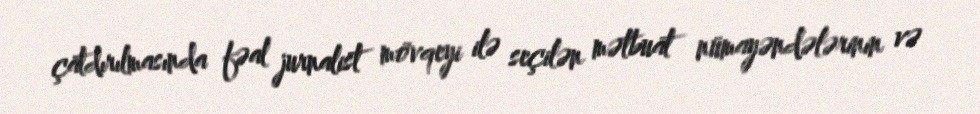
çatdırılmasında fəal jurnalist mövqeyi ilə seçilən mətbuat nümayəndələrinin və